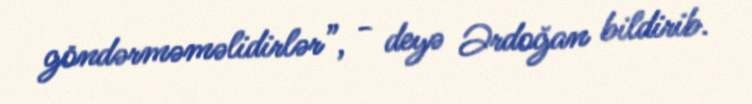
göndərməməlidirlər”, - deyə Ərdoğan bildirib.